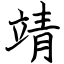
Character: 靖